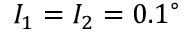
I _ { 1 } = I _ { 2 } = 0 . 1 ^ { \circ }